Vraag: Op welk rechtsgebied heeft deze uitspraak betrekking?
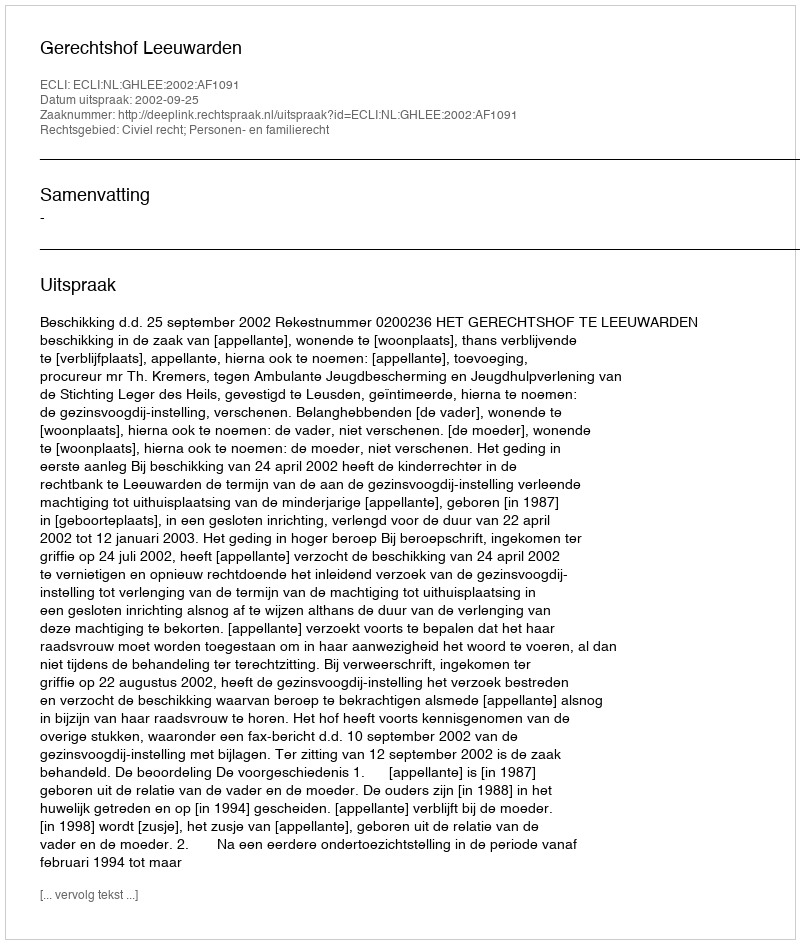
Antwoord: Civiel recht; Personen- en familierecht